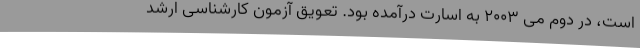
است، در دوم می 2003 به اسارت درآمده بود. تعویق آزمون کارشناسی ارشد